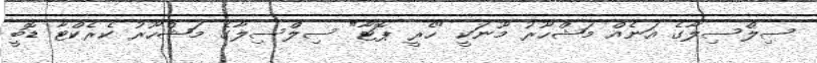
ސިލްސިލާގެ އަނެއް މަޝްހޫރު މޫނަކީ "ހެރީ ޕޮޓާ" ސިލްސިލާގެ މަޝްހޫރު ކެރެކްޓާ ޑޮބީ